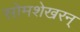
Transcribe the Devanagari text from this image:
सोमशेखरन्